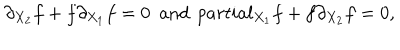
\partial _ { X _ { 2 } } f + f \partial _ { X _ { 1 } } f = 0 \ \ \mathrm { a n d } \ \, p a r t i a l _ { X _ { 1 } } f + f \partial _ { X _ { 2 } } f = 0 ,